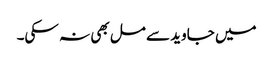
میں جاوید سے مل بھی نہ سکی۔